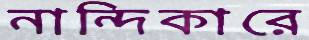
নান্দিকারে